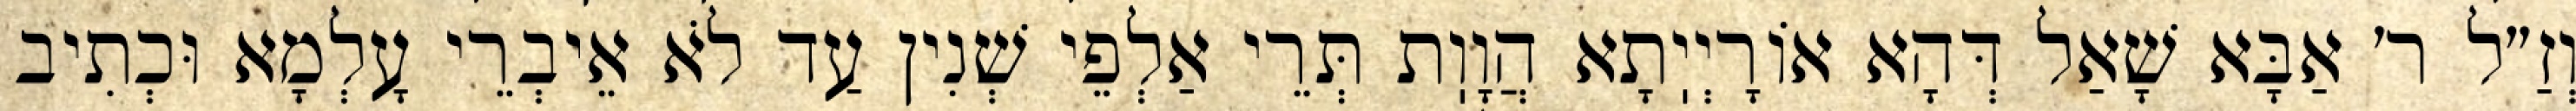
וְזַ״ל ר׳ אַבָּא שָׁאַל דְּהָא אוֹרָיְיֽתָא הֲוָוֽת תְּרֵי אַלְפֵי שְׁנִין עַד לֹא אֵיבְרֵי עָלְמָא וּכְתִיב